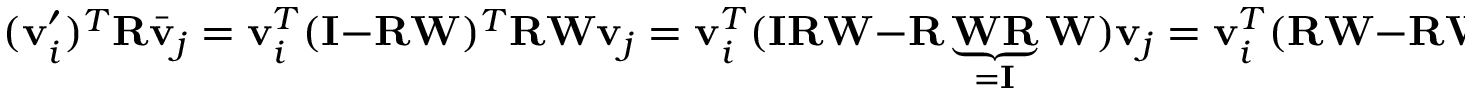
( \mathbf { v } _ { i } ^ { \prime } ) ^ { T } \mathbf { R } \bar { \mathbf { v } } _ { j } = \mathbf { v } _ { i } ^ { T } ( \mathbf { I } - \mathbf { R } \mathbf { W } ) ^ { T } \mathbf { R } \mathbf { W } \mathbf { v } _ { j } = \mathbf { v } _ { i } ^ { T } ( \mathbf { I } \mathbf { R } \mathbf { W } - \mathbf { R } \underbrace { \mathbf { W } \mathbf { R } } _ { = \mathbf { I } } \mathbf { W } ) \mathbf { v } _ { j } = \mathbf { v } _ { i } ^ { T } ( \mathbf { R } \mathbf { W } - \mathbf { R } \mathbf { W } ) \mathbf { v } _ { j } = 0 .